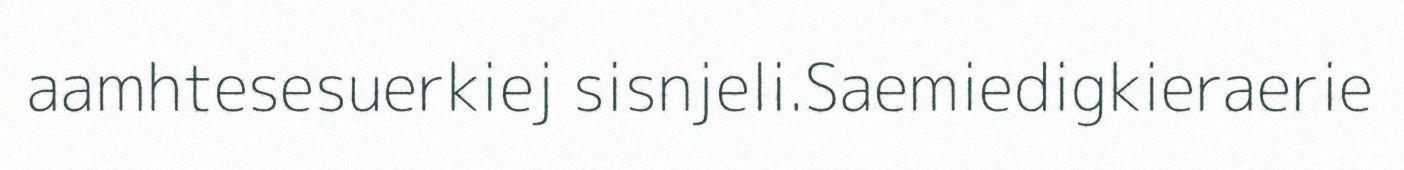
aamhtesesuerkiej sisnjeli.Saemiedigkieraerie